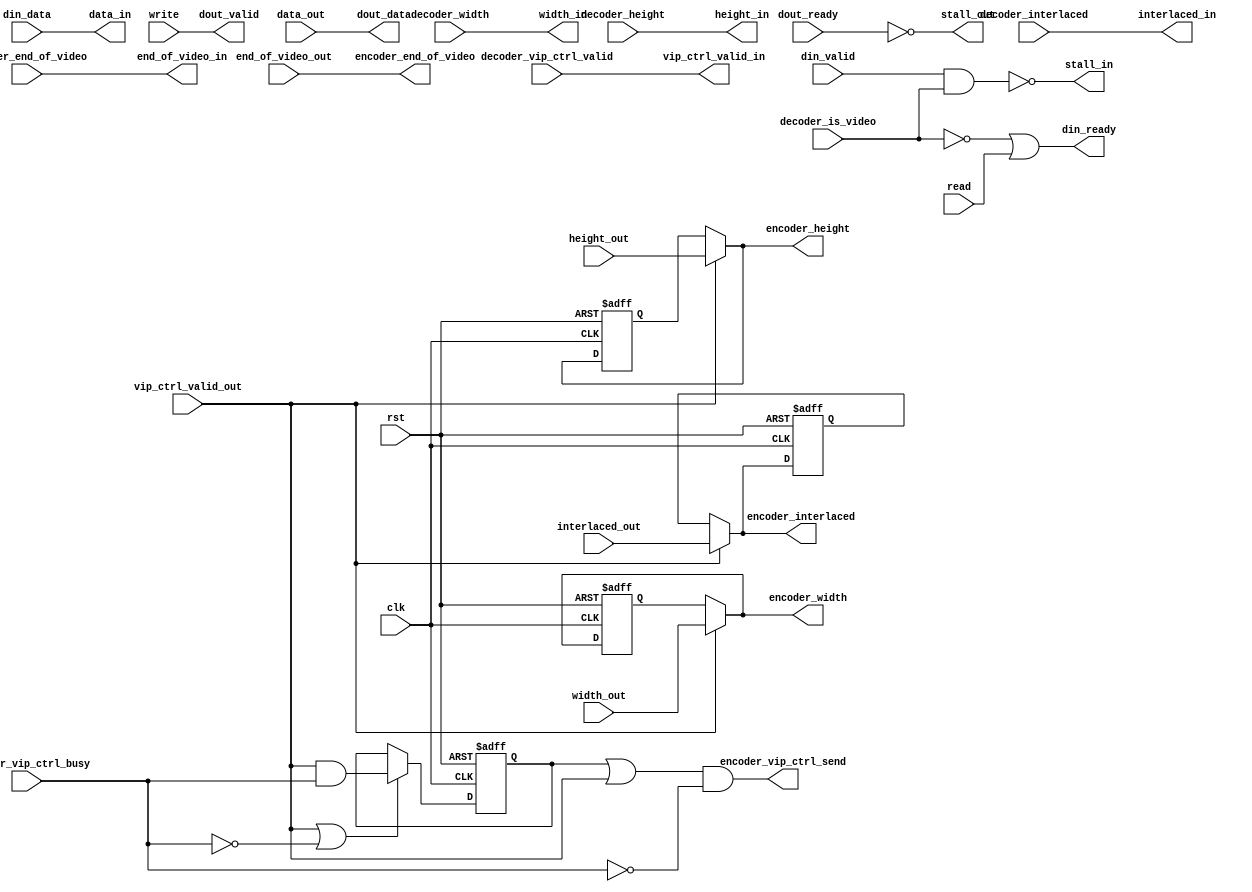
// (C) 2001-2016 Altera Corporation. All rights reserved.
// Your use of Altera Corporation's design tools, logic functions and other 
// software and tools, and its AMPP partner logic functions, and any output 
// files any of the foregoing (including device programming or simulation 
// files), and any associated documentation or information are expressly subject 
// to the terms and conditions of the Altera Program License Subscription 
// Agreement, Altera MegaCore Function License Agreement, or other applicable 
// license agreement, including, without limitation, that your use is for the 
// sole purpose of programming logic devices manufactured by Altera and sold by 
// Altera or its authorized distributors.  Please refer to the applicable 
// agreement for further details.


/* VIP flow control wrapper of HDL template */
module alt_vip_common_flow_control_wrapper

	#(parameter BITS_PER_SYMBOL = 8,
		parameter SYMBOLS_PER_BEAT = 3)
		
	(	input		clk,
		input		rst,
	
		// interface to decoder
		output	din_ready,
		input		din_valid,
		input		[BITS_PER_SYMBOL * SYMBOLS_PER_BEAT - 1:0] din_data,
		input		[15:0] decoder_width,
		input		[15:0] decoder_height,
		input		[3:0] decoder_interlaced,
		input		decoder_end_of_video,
		input		decoder_is_video,
		input		decoder_vip_ctrl_valid,
		
		// algorithm inputs from decoder
		output	[BITS_PER_SYMBOL * SYMBOLS_PER_BEAT - 1:0] data_in,
		output	[15:0] width_in,
		output	[15:0] height_in,
		output	[3:0] interlaced_in,
		output	end_of_video_in,
		output	vip_ctrl_valid_in,
		
		// algorithm outputs to encoder
		input		[BITS_PER_SYMBOL * SYMBOLS_PER_BEAT - 1:0] data_out,
		input		[15:0] width_out,
		input		[15:0] height_out,
		input		[3:0] interlaced_out,
		input		vip_ctrl_valid_out,
		input		end_of_video_out,
		
		// interface to encoder
		input		dout_ready,
		output	dout_valid,
		output	[BITS_PER_SYMBOL * SYMBOLS_PER_BEAT - 1:0] dout_data,
		output	[15:0] encoder_width,
		output	[15:0] encoder_height,
		output	[3:0] encoder_interlaced,
		output	encoder_vip_ctrl_send,
		input		encoder_vip_ctrl_busy,
		output	encoder_end_of_video,
				
		// flow control signals
		input		read,
		input		write,
		output	stall_in,
		output	stall_out
		);	

// conversion ready/valid to stall/read interface and filtering of active video		
assign data_in = din_data;
assign end_of_video_in = decoder_end_of_video;
assign din_ready = ~decoder_is_video | read;
assign stall_in = ~(din_valid & decoder_is_video);
		
// conversion stall/write to ready/valid interface
assign dout_data = data_out;
assign encoder_end_of_video = end_of_video_out;
assign dout_valid = write;
assign stall_out = ~dout_ready;

// decoder control signals
assign width_in = decoder_width;
assign height_in = decoder_height;
assign interlaced_in = decoder_interlaced;
assign vip_ctrl_valid_in = decoder_vip_ctrl_valid;

reg [15:0] width_reg, height_reg;
reg [3:0] interlaced_reg;
reg vip_ctrl_valid_reg;
wire vip_ctrl_send_internal;

// encoder control signals
assign encoder_vip_ctrl_send = (vip_ctrl_valid_reg || vip_ctrl_valid_out) & ~encoder_vip_ctrl_busy;
assign encoder_width = vip_ctrl_valid_out ? width_out : width_reg;
assign encoder_height = vip_ctrl_valid_out ? height_out : height_reg;
assign encoder_interlaced = vip_ctrl_valid_out ? interlaced_out : interlaced_reg;

// connect control signals	
always @(posedge clk or posedge rst)
	if (rst) begin
		width_reg <= 16'd640;
		height_reg <= 16'd480;
		interlaced_reg <= 4'd0;
		vip_ctrl_valid_reg <= 1'b0;
	end
	else begin
		width_reg <= encoder_width;
		height_reg <= encoder_height;
		interlaced_reg <= encoder_interlaced;
		if (vip_ctrl_valid_out || !encoder_vip_ctrl_busy) begin
		   vip_ctrl_valid_reg <= vip_ctrl_valid_out && encoder_vip_ctrl_busy;
		end
	end	
	
endmodule